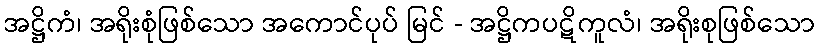
အဋ္ဌိကံ၊ အရိုးစုံဖြစ်သော အကောင်ပုပ် မြင် - အဋ္ဌိကပဋိကူလံ၊ အရိုးစုဖြစ်သော